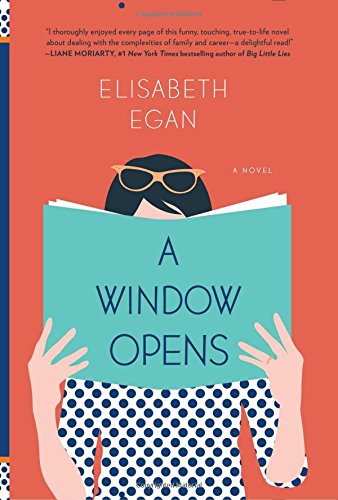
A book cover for A Window Opens: A Novel; Elisabeth Egan; Literature & Fiction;